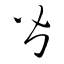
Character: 皆